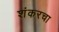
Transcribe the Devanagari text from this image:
शंकरचा